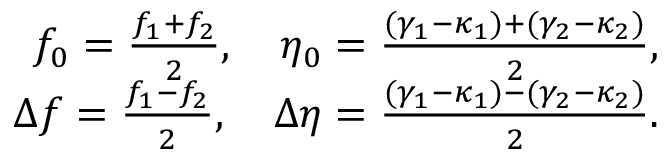
\begin{array} { r } { f _ { 0 } = \frac { f _ { 1 } + f _ { 2 } } { 2 } , \quad \eta _ { 0 } = \frac { ( \gamma _ { 1 } - \kappa _ { 1 } ) + ( \gamma _ { 2 } - \kappa _ { 2 } ) } { 2 } , } \\ { \Delta f = \frac { f _ { 1 } - f _ { 2 } } { 2 } , \quad \Delta \eta = \frac { ( \gamma _ { 1 } - \kappa _ { 1 } ) - ( \gamma _ { 2 } - \kappa _ { 2 } ) } { 2 } . } \end{array}